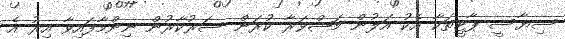
ސިޔާސީ ޕާޓީތަކާ އެކު އަލުން މަޝްވަރާ ކުރަން ސަރުކާރުން ނިންމާފައިވާ އިރު އެ